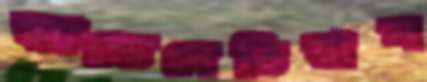
স্ক্যান্ডেনেভিয়ান